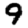
Digit: 9